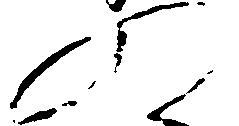
の